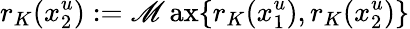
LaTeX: r_{K}(x_{2}^{u}):=\operatorname*{\mathscr{M}ax}\{ r_{K}(x_{1}^{u}),r_{K}(x_{2}^{u})\}